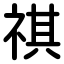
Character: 祺